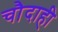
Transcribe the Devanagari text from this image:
चौदाही